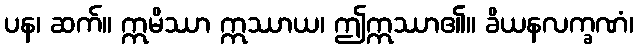
ပန၊ ဆက်။ ဣမိဿာ ဣဿာယ၊ ဤဣဿာ၏။ ခိယနလက္ခဏံ၊